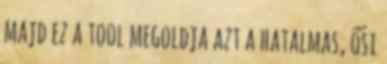
majd ez a tool megoldja azt a hatalmas, ősi